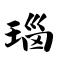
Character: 瑙